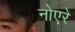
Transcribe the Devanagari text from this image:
नोएरे